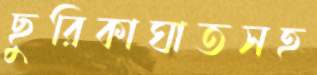
ছুরিকাঘাতসহ